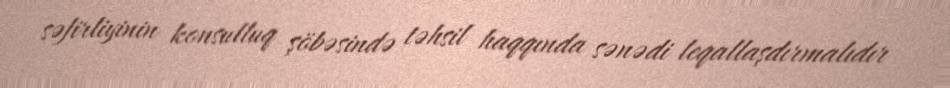
səfirliyinin konsulluq şöbəsində təhsil haqqında sənədi leqallaşdırmalıdır